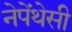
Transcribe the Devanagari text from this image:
नेपेंथेसी